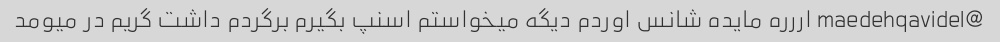
@maedehqavidel اررره مایده شانس اوردم دیگه میخواستم اسنپ بگیرم برگردم داشت گریم در میومد